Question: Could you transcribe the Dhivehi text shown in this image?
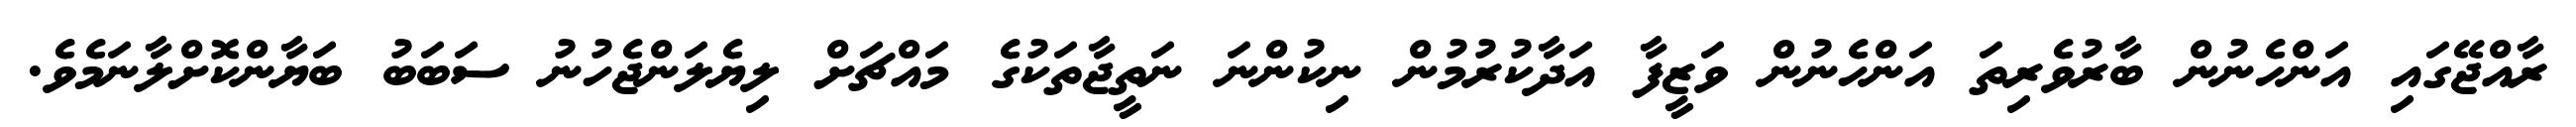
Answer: ރާއްޖޭގައި އަންހެނުން ބާރުވެރިތަ އަންހެނުން ވަޒީފާ އަދާކުރުމުން ނިކުންނަ ނަތީޖާތަކުގެ މައްޗަށް ލިޔެލަންޖެހުނު ސަބަބު ބަޔާންކޮށްލާނަމެވެ.